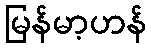
မြန်မာ့ဟန်